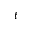
t